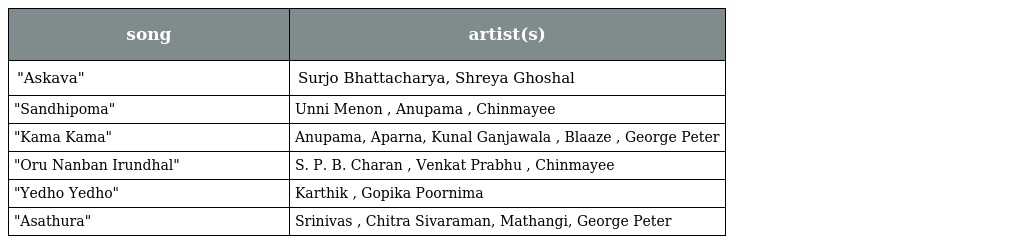
| song | artist(s) |
 | --- | --- |
 | "Askava" | Surjo Bhattacharya, Shreya Ghoshal |
 | "Sandhipoma" | Unni Menon , Anupama , Chinmayee |
 | "Kama Kama" | Anupama, Aparna, Kunal Ganjawala , Blaaze , George Peter |
 | "Oru Nanban Irundhal" | S. P. B. Charan , Venkat Prabhu , Chinmayee |
 | "Yedho Yedho" | Karthik , Gopika Poornima |
 | "Asathura" | Srinivas , Chitra Sivaraman, Mathangi, George Peter |